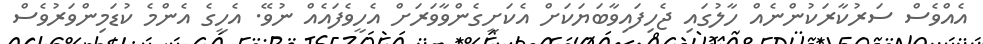
އެއްވެސް ސަރުކާރަކުންނެއް ހާލުގައި ޖެހިފައިވާބަޔަކަށް އެކަށީގެންވާވަރަށް އެހީވެފައެއް ނުވޭ. އެހީގެ އެންމެ ކުޑަމިންވަރުވެސް